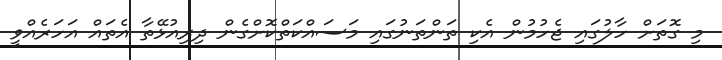
މި ގޮތަށް ހާލުގައި ޖެހުމުން އެކި ތަންތަނުގައި މަސައްކަތްކޮށްގެން ދިރިއުޅޭތާ އެތައް އަހަރެއްވީ